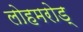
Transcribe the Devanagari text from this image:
लोहमरोड्